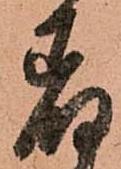
着